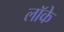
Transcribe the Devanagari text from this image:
लाॅके